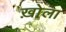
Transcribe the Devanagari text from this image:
ख़ोला